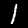
Label: 1